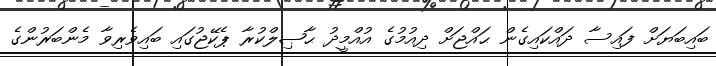
ބައިބަޔަށް ފައިސާ ދައްކައިގެން ޙައްޖަށް ދިއުމުގެ އުއްމީދު ޙާޞިލްކުރާ ޕެކޭޖުގައި ބައިވެރިވާ މެންބަރުންގެ